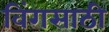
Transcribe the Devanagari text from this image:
विंगसाठी